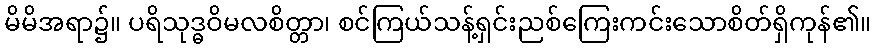
မိမိအရာ၌။ ပရိသုဒ္ဓဝိမလစိတ္တာ၊ စင်ကြယ်သန့်ရှင်းညစ်ကြေးကင်းသောစိတ်ရှိကုန်၏။